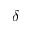
\ensuremath { \delta }